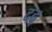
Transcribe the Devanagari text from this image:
दढ़